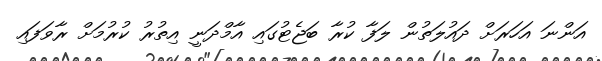
އަންނަ އަހަރަށް ދައުލަތުން ލަފާ ކުރާ ބަޖެޓުގައި އާމްދަނީ އިތުރު ކުރުމަށް ރާވަފައި